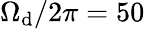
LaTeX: \Omega_{\mathrm{d}}/2\pi=50